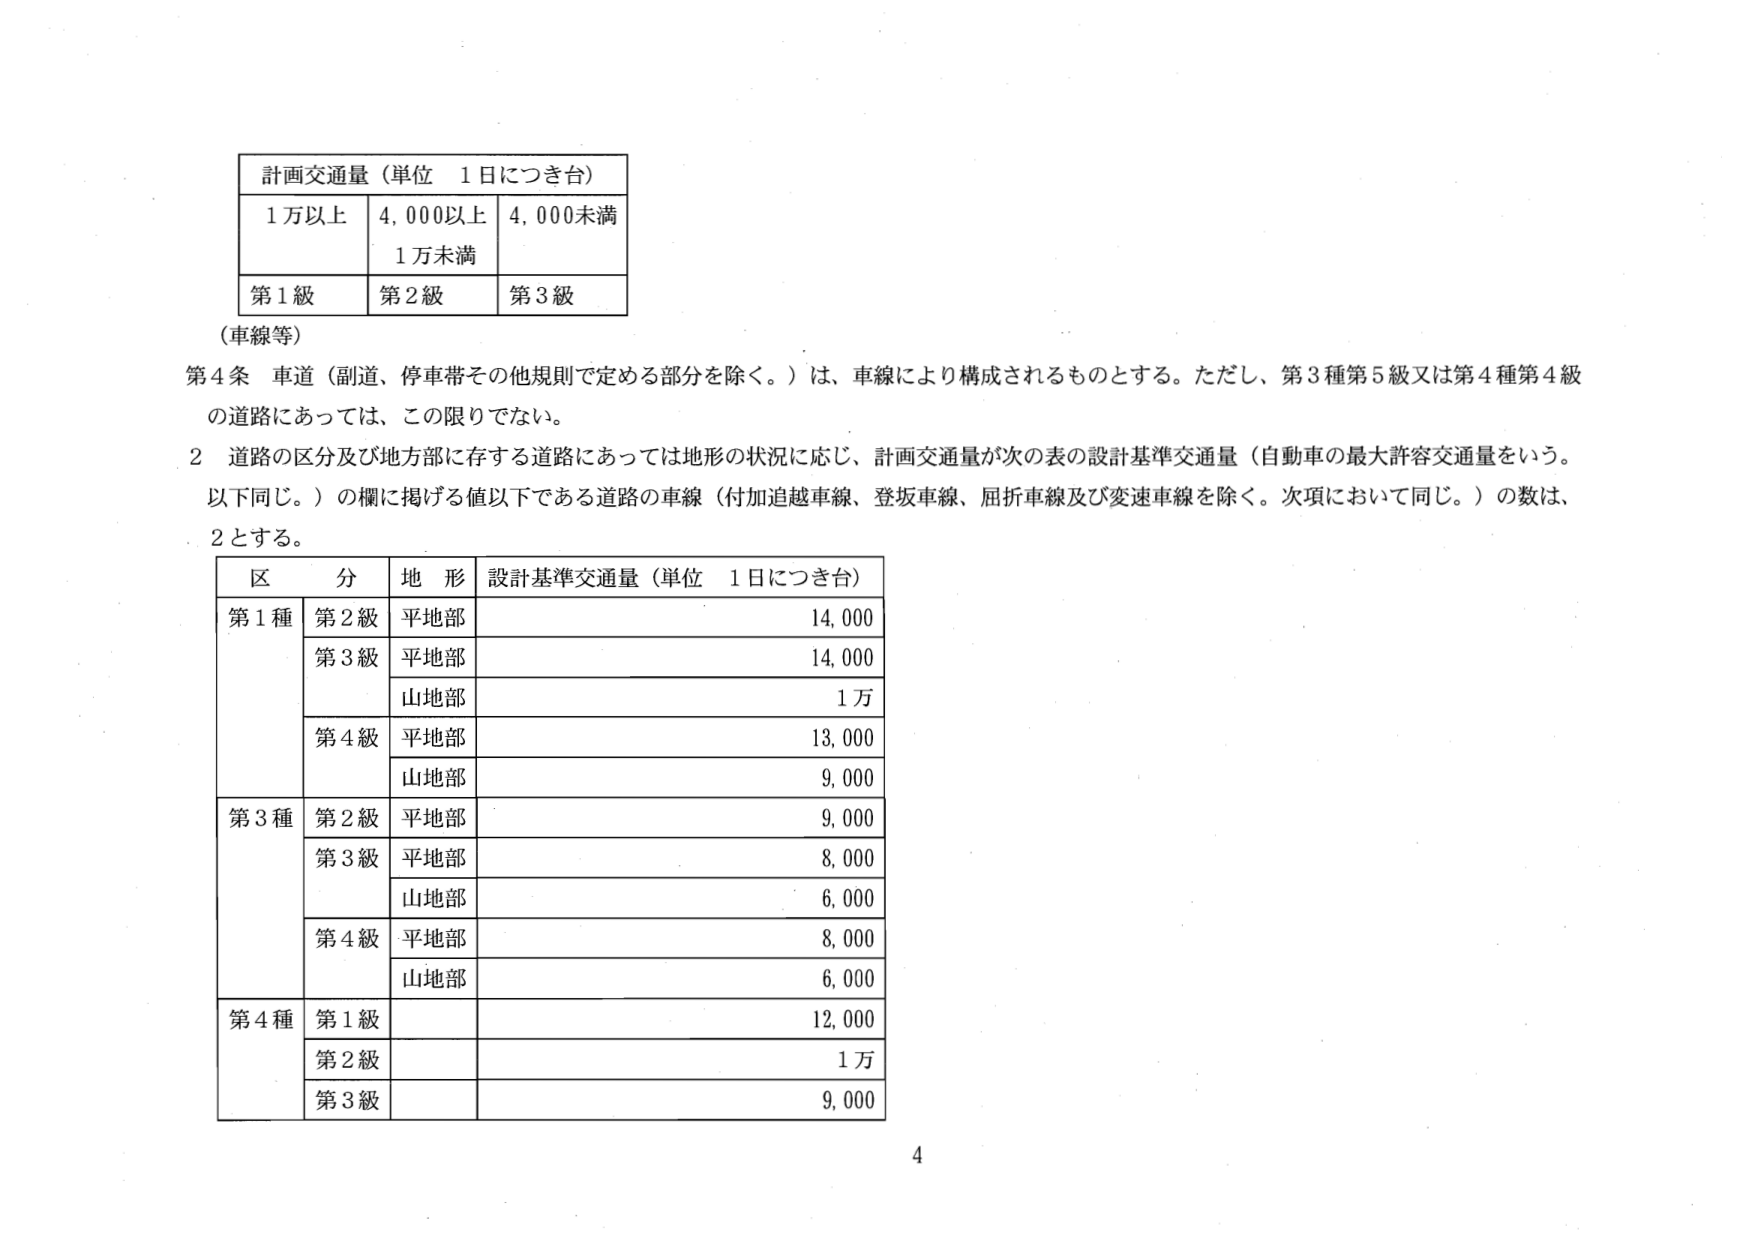
計画交通量（単位 1日につき台）
1万以上 4,000以上 4,000未満
1万未満
第1級 第2級 第3級

（車線等）
第4条 車道（副道、停車帯その他規則で定める部分を除く。）は、車線により構成されるものとする。ただし、第3種第5級又は第4種第4級の道路にあっては、この限りでない。
2 道路の区分及び地方部に存する道路にあっては地形の状況に応じ、計画交通量が次の表の設計基準交通量（自動車の最大許容交通量をいう。以下同じ。）の欄に掲げる値以下である道路の車線（付加追越車線、登坂車線、屈折車線及び変速車線を除く。次項において同じ。）の数は、2とする。

区分 地形 設計基準交通量（単位 1日につき台）
第1種 第2級 平地部 14,000
第3級 平地部 14,000
山地部 1万
第4級 平地部 13,000
山地部 9,000
第3種 第2級 平地部 9,000
第3級 平地部 8,000
山地部 6,000
第4級 平地部 8,000
山地部 6,000
第4種 第1級 12,000
第2級 1万
第3級 9,000

4